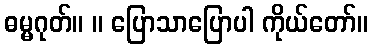
ဓမ္မဂုတ်။ ။ ပြောသာပြောပါ ကိုယ်တော်။